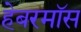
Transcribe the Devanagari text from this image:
हेबरमॉस